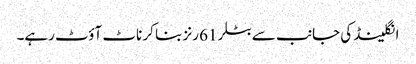
انگلینڈ کی جانب سے بٹلر 61 رنز بنا کر ناٹ آؤٹ رہے۔